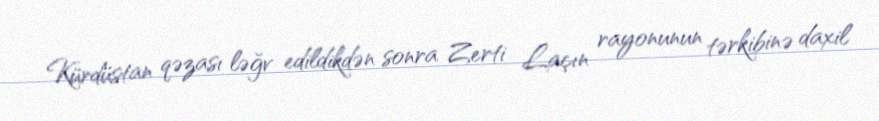
Kürdüstan qəzası ləğv edildikdən sonra Zerti Laçın rayonunun tərkibinə daxil